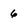
Character: 6